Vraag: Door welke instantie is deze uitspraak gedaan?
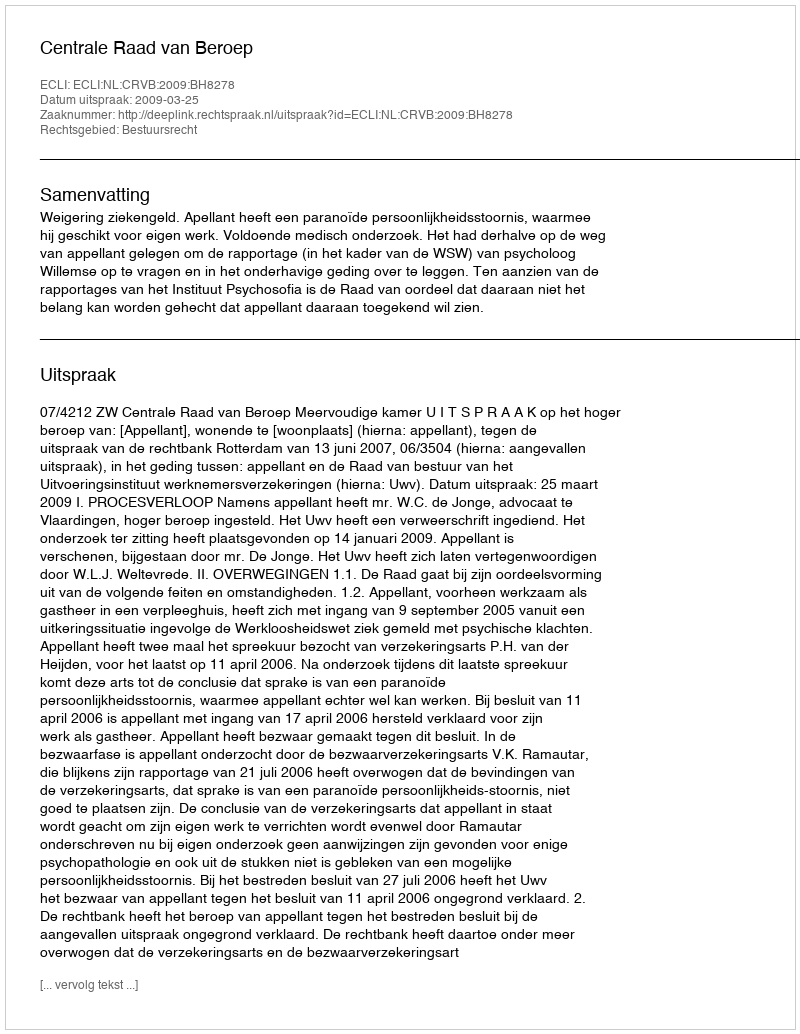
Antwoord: Centrale Raad van Beroep